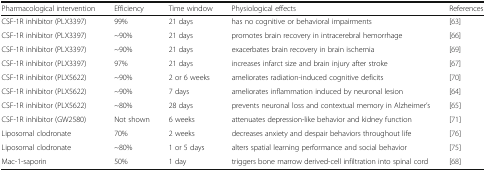
<table><thead><tr><td><b>Pharmacological intervention</b></td><td><b>Efficiency</b></td><td><b>Time window</b></td><td><b>Physiological effects</b></td><td><b>References</b></td></tr></thead><tbody><tr><td>CSF-1R inhibitor (PLX3397)</td><td>99%</td><td>21 days</td><td>has no cognitive or behavioral impairments</td><td>[63]</td></tr><tr><td>CSF-1R inhibitor (PLX3397)</td><td>~90%</td><td>21 days</td><td>promotes brain recovery in intracerebral hemorrhage</td><td>[66]</td></tr><tr><td>CSF-1R inhibitor (PLX3397)</td><td>~90%</td><td>21 days</td><td>exacerbates brain recovery in brain ischemia</td><td>[69]</td></tr><tr><td>CSF-1R inhibitor (PLX3397)</td><td>97%</td><td>21 days</td><td>increases infarct size and brain injury after stroke</td><td>[67]</td></tr><tr><td>CSF-1R inhibitor (PLX5622)</td><td>~90%</td><td>2 or 6 weeks</td><td>ameliorates radiation-induced cognitive deficits</td><td>[70]</td></tr><tr><td>CSF-1R inhibitor (PLX5622)</td><td>~90%</td><td>7 days</td><td>ameliorates inflammation induced by neuronal lesion</td><td>[64]</td></tr><tr><td>CSF-1R inhibitor (PLX5622)</td><td>~80%</td><td>28 days</td><td>prevents neuronal loss and contextual memory in Alzheimer’s</td><td>[65]</td></tr><tr><td>CSF-1R inhibitor (GW2580)</td><td>Not shown</td><td>6 weeks</td><td>attenuates depression-like behavior and kidney function</td><td>[71]</td></tr><tr><td>Liposomal clodronate</td><td>70%</td><td>2 weeks</td><td>decreases anxiety and despair behaviors throughout life</td><td>[76]</td></tr><tr><td>Liposomal clodronate</td><td>~80%</td><td>1 or 5 days</td><td>alters spatial learning performance and social behavior</td><td>[75]</td></tr><tr><td>Mac-1-saporin</td><td>50%</td><td>1 day</td><td>triggers bone marrow derived-cell infiltration into spinal cord</td><td>[68]</td></tr></tbody></table>